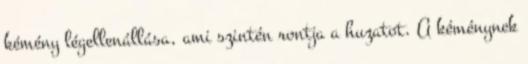
kémény légellenállása, ami szintén rontja a huzatot. A kéménynek